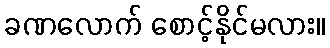
ခဏလောက် စောင့်နိုင်မလား။